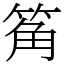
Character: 䇶